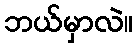
ဘယ်မှာလဲ။